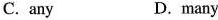
C. any D.many